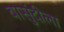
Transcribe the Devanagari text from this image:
बासुंदीला